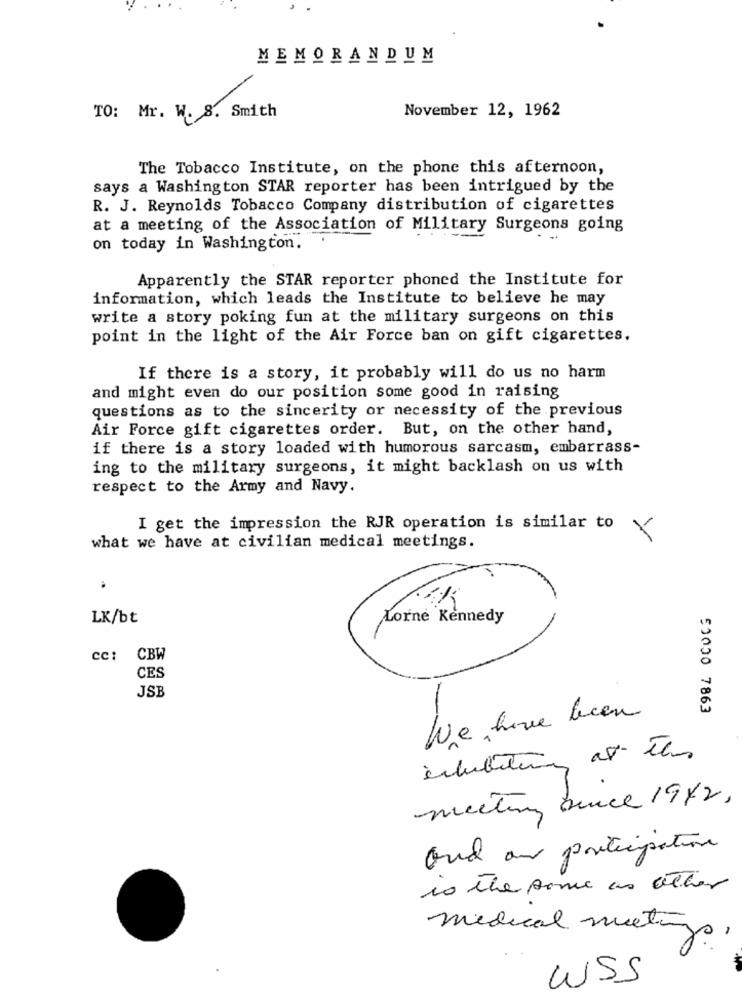
MEMORANDUM
November 12, 1962
TO: Mr. W. S. Smith
The Tobacco Institute, on the phone this afternoon,
says a Washington STAR reporter has been intrigued by the
R. J. Reynolds Tobacco Company distribution of cigarettes
at a meeting of the Association of Military Surgeons going
on today in Washington.
Apparently the STAR reporter phoned the Institute for
information, which leads the Institute to believe he may
write a story poking fun at the military surgeons on this
point in the light of the Air Force ban on gift cigarettes.
If there is a story, it probably will do us no harm
and might even do our position some good in raising
questions as to the sincerity or necessity of the previous
Air Force gift cigarettes order. But, on the other hand,
if there is a story loaded with humorous sarcasm, embarrass-
ing to the military surgeons, it might backlash on us with
respect to the Army and Navy.
I get the impression the RJR operation is similar to
what we have at civilian medical meetings.
E982 OCOC3
LK/bt
Lorne Kennedy
cc: CBW
CES
JSB
We have been
meeting since 1942,
and an participation
is the same as other
medical meeting
WSS